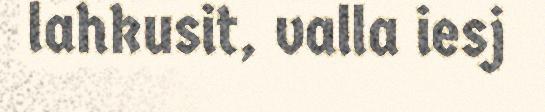
lahkusit, valla iesj